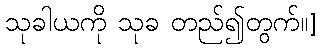
သုခါယကို သုခ တည်၍တွက်။]